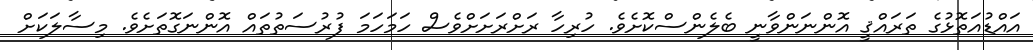
އައްޑުއަތޮޅުގެ ތަރައްޤީ އޮންނަންވާނީ ބެލެންސްކޮށެވެ. ހުރިހާ ރަށްރަށަށްވެސް ހަމަހަމަ ފުރުސަތުތައް އޮންނަގޮތަށެވެ. މިސާލަކަށް